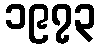
၁၉၇၃